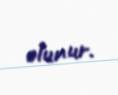
olunur.